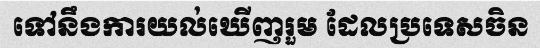
ទៅនឹងការយល់ឃើញរួម ដែលប្រទេសចិន